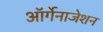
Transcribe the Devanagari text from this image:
ऑर्गेनाजेशन